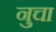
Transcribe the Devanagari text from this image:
नुचा